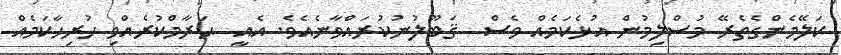
ކަލޭމެންގެތެރޭ މުސްލިމުން އުޅެކަމެއް ވެސް  ޤަބޫލުނުކުރައްވާނެއެވެ. އެއީ  ޙަރާމްކުރެއްވި ހުރިހާކަމެއް